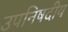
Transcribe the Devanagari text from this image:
उपनिषदीय